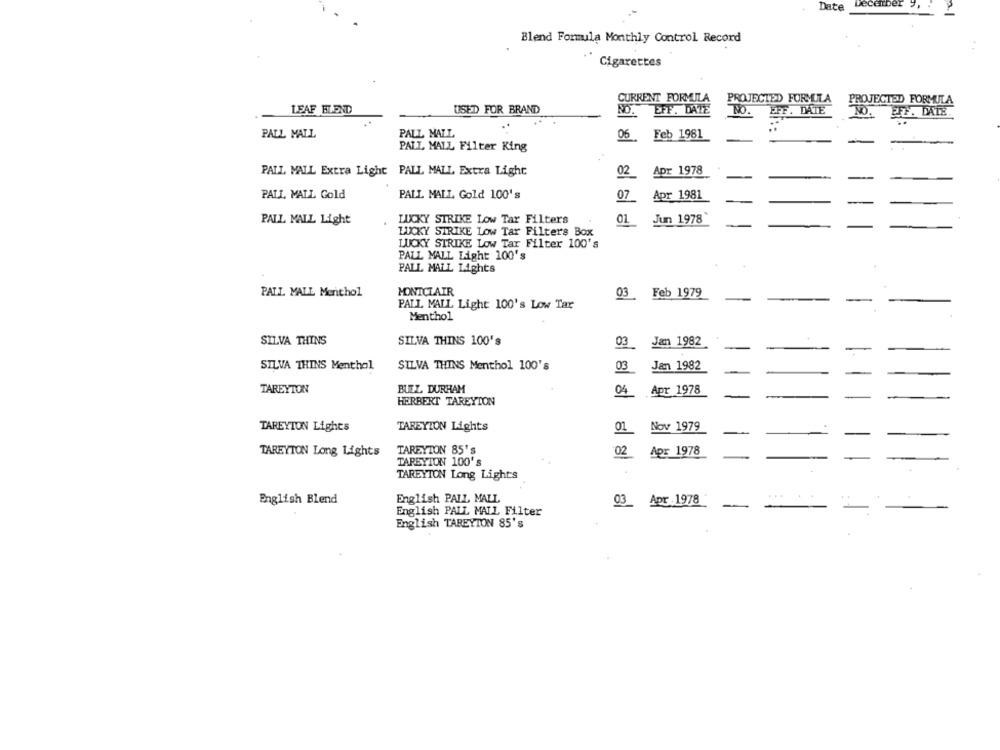
Date
Blend Formula Monthly Control Record
Cigarettes
CURRENT FORMULA
PROJECTED FORMULA
PROJECTED FORMULA
LEAF BLEND
USED FOR BRAND
EFF. DATE
NO.
EFF. DATE
NO.
PFF. DATE
PALL MALL
PALL MALL
06
Feb 1981
PALL MALL Filter King
PALL MALL Extra Light PALL MALL Extra Light
02
Apr 1978
PALL MALL Gold
PALL MALL Gold 100's
Apr 1981
07
Jun 1978
PALL MALL Light
LUCKY STRIKE Low Tar Filters
01
LUCKY STRIKE Low Tar Filters Box
LUCKY STRIKE Low Tar Filter 100's
PALL MALL Light 100's
PALL MALL Lights
MONTCLAIR
PALL MALL Menthol
03
Feb 1979
PALL MALL Light 100's Low Tar
Menthol
SILVA THINS
SILVA THINS 100's
03
Jan 1982
SILVA THINS Menthol
SILVA THINS Menthol 100's
03
Jan 1982
TAREYTON
BUEL DURHAM
Apr 1978
04
HERBERT TAREYION
TAREYION Lights
TAREYION Lights
Nov 1979
01
TAREYTON 85's
TAREYTON Long Lights
02
Apr 1978
TAREYION 100's
TAREYTON Long Lights
English Blend
English PALL MALL
03_ Apr 1978
English PALL MALL Filter
English TAREYTON 85's